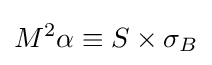
M^{2}\alpha \equiv S\times \sigma _{B}